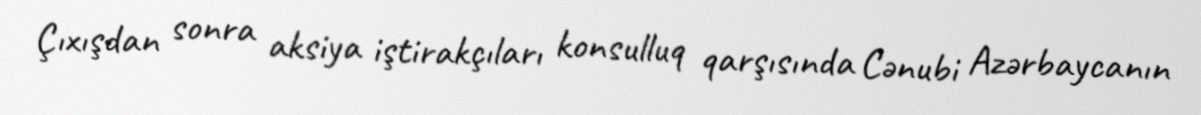
Çıxışdan sonra aksiya iştirakçıları konsulluq qarşısında Cənubi Azərbaycanın